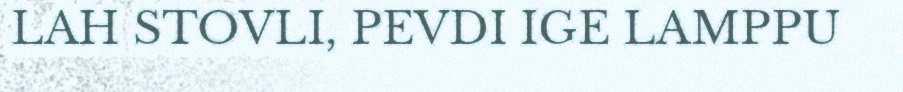
LAH STOVLI, PEVDI IGE LAMPPU